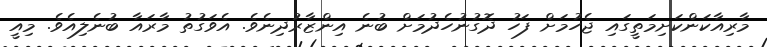
މާރިއާކަންކަށިމަތީގައި ޖެހުމަށް ފަހު ދޮގުނުހެދުމަށް ބުނެ އިންޒާރުދިނެވެ. އެވަގުތު މާރައާ ބުނެލިއެވެ. މިއީ